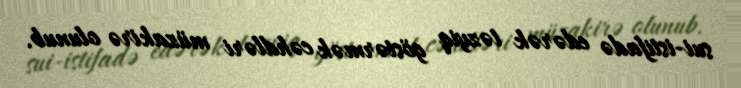
sui-istifadə edərək təzyiq göstərmək cəhdləri müzakirə olunub.